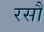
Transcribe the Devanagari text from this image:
रसौ